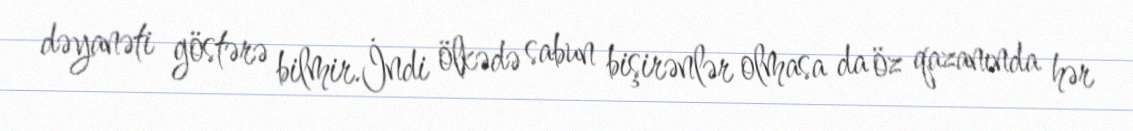
dəyanəti göstərə bilmir.İndi ölkədə sabun bişirənlər olmasa da öz qazanında hər